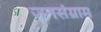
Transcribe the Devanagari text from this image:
जनसंग्राम